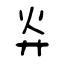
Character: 灷